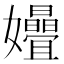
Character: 𫲞